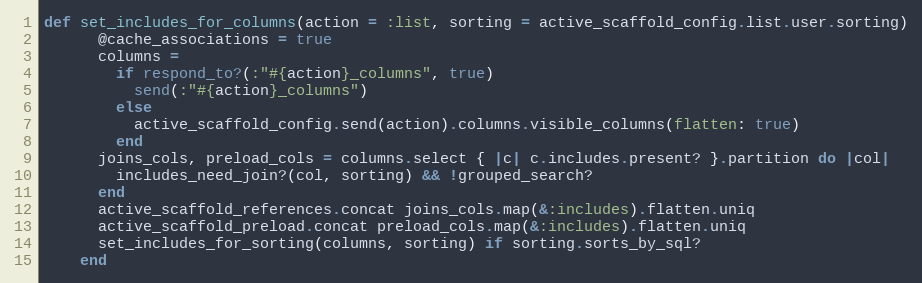
Language: Ruby
def set_includes_for_columns(action = :list, sorting = active_scaffold_config.list.user.sorting)
      @cache_associations = true
      columns =
        if respond_to?(:"#{action}_columns", true)
          send(:"#{action}_columns")
        else
          active_scaffold_config.send(action).columns.visible_columns(flatten: true)
        end
      joins_cols, preload_cols = columns.select { |c| c.includes.present? }.partition do |col|
        includes_need_join?(col, sorting) && !grouped_search?
      end
      active_scaffold_references.concat joins_cols.map(&:includes).flatten.uniq
      active_scaffold_preload.concat preload_cols.map(&:includes).flatten.uniq
      set_includes_for_sorting(columns, sorting) if sorting.sorts_by_sql?
    end